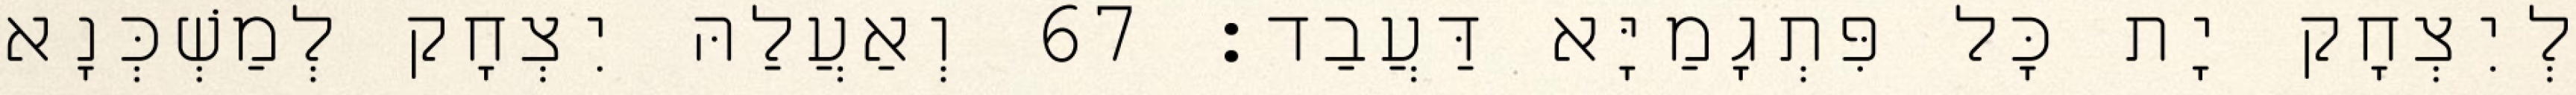
לְיִצְחָק יָת כָּל פִּתְגָמַיָּא דַּעֲבַד׃ 67 וְאַעֲלַהּ יִצְחָק לְמַשְׁכְּנָא